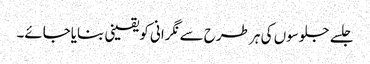
جلسے جلوسوں کی ہر طرح سے نگرانی کویقینی بنایاجائے۔